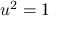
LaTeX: \textstyle u ^ { 2 } = 1